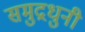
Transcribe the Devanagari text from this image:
समुद्रधुनी